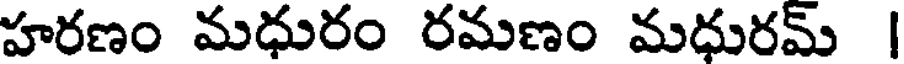
హరణం మధురం రమణం మధురమ్ |